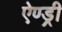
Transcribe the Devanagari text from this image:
ऐण्ड्री